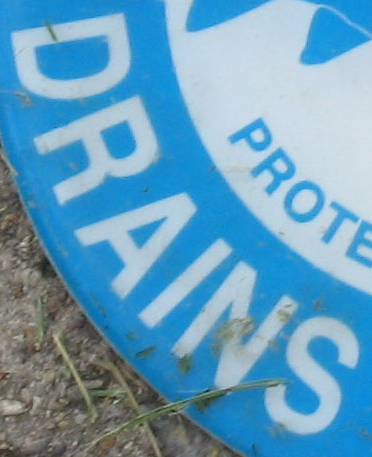
DRAINS